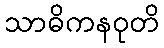
သာဓိကနဝုတိ